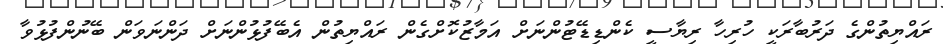
ރައްޔިތުންގެ ދަރުބާރަކީ ހުރިހާ ރިޔާސީ ކެންޑިޑޭޓުންނަށް އަމާޒުކޮށްގެން ރައްޔިތުން އެބޭފުޅުންނަށް ދަންނަވަން ބޭނުންފުޅުވާ